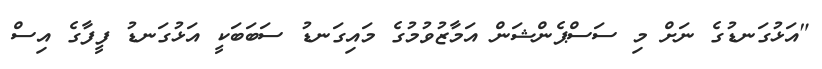
"އަޅުގަނޑުގެ ނަށް މި ސަސްޕެންޝަން އަމާޒުވުމުގެ މައިގަނޑު ސަބަބަކީ އަޅުގަނޑު ފީފާގެ އިސް